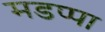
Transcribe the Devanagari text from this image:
मडप्पा